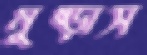
মুষ্‌ড়াস